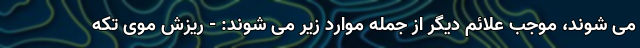
می شوند، موجب علائم دیگر از جمله موارد زیر می شوند: - ریزش موی تکه